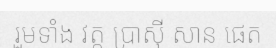
រួមទាំង វត្ត ប្រាស៊ី សាន ផេត